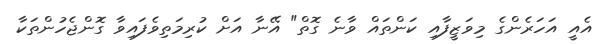
އެއީ އަހަރެންގެ މިވަޒީފާއި ކަންތައް ވާނެ ގޮތް" އޭނާ އަށް ކުރިމަތިވެފައިވާ ގޮންޖެހުންތަކާ